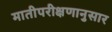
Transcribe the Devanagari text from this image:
मातीपरीक्षणानुसार